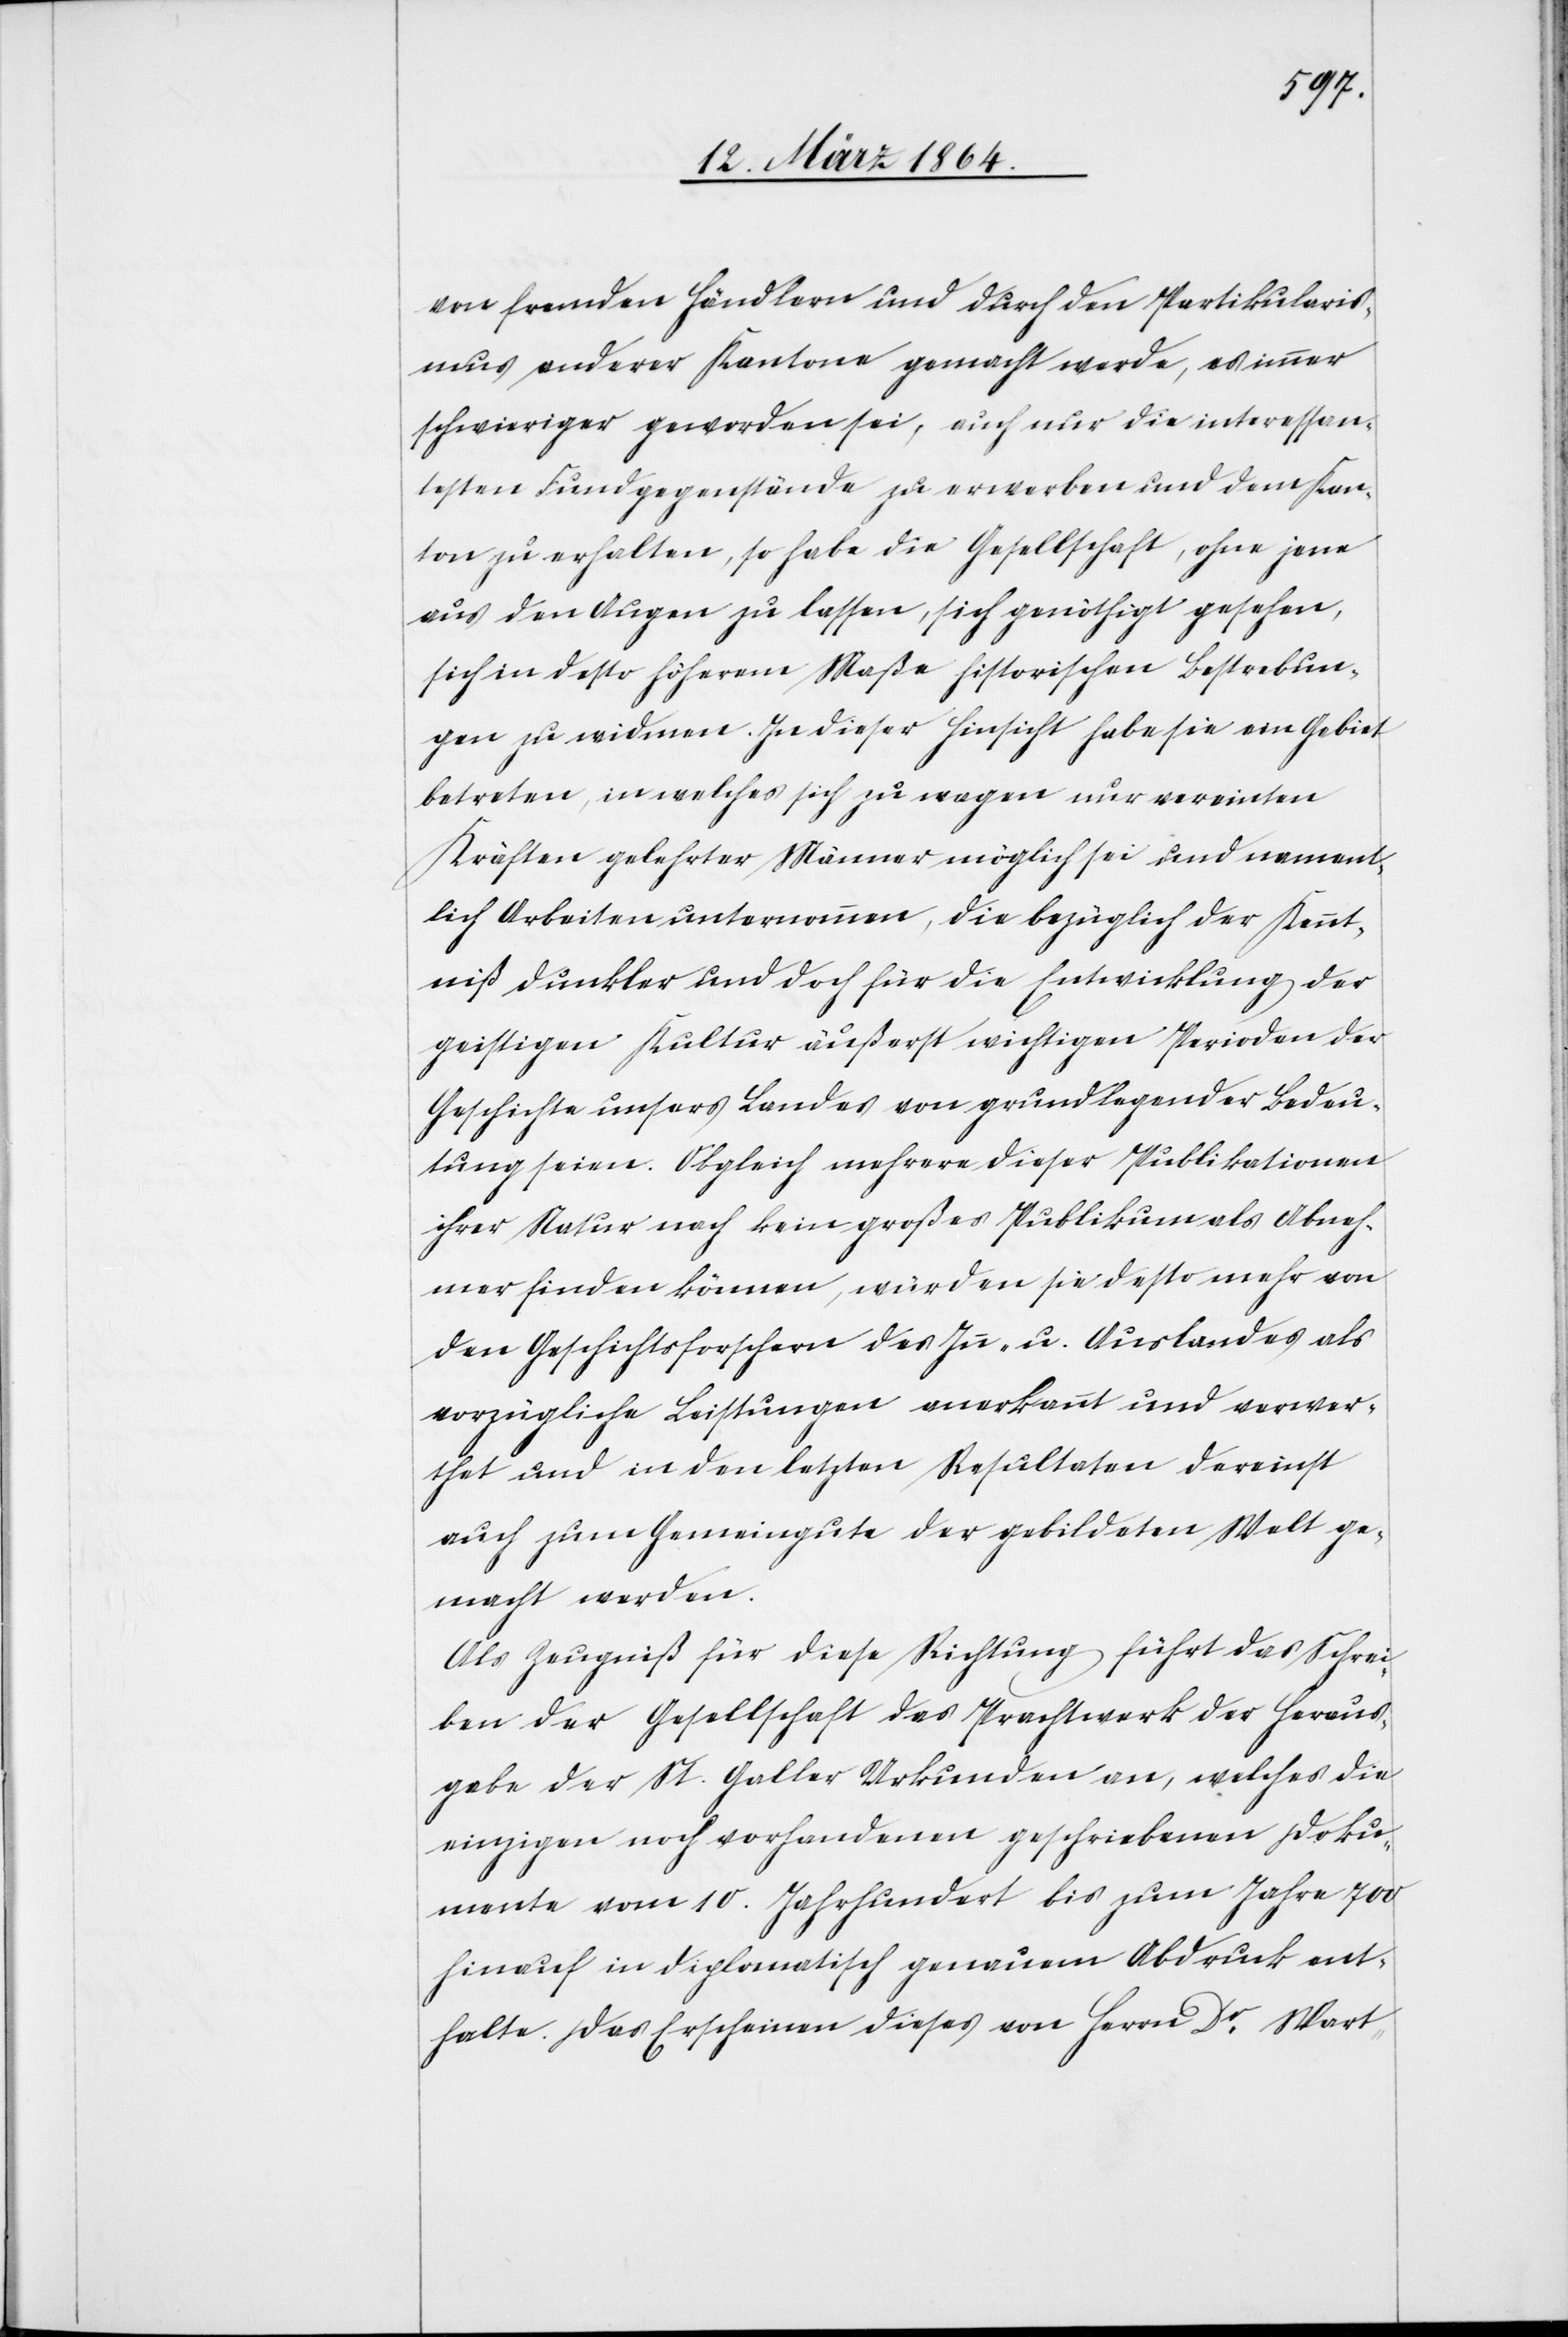
von fremden Händlern und durch den Partikularis¬
mus anderer Kantone gemacht werde, es immer
schwieriger geworden sei, auch nur die interessan¬
testen Fundgegenstände zu erwerben und dem Kan¬
ton zu erhalten, so habe die Gesellschaft, ohne jene
aus den Augen zu lassen, sich genöthigt gesehen,
sich in desto höherem Maße historischen Bestrebun¬
gen zu widmen. In dieser Hinsicht habe sie ein Gebiet
betreten, in welches sich zu wagen nur vereinten
Kräften gelehrter Männer möglich sei und nament¬
lich Arbeiten unternommen, die bezüglich der Kennt¬
niß dunkler und doch für die Entwicklung der
geistigen Kultur äußerst wichtigen Perioden der
Geschichte unsers Landes von grundlegender Bedeu¬
tung seien. Obgleich mehrere dieser Publikationen
ihrer Natur nach kein großes Publikum als Abneh¬
mer finden können, würden sie desto mehr von
den Geschichtsforschern des In- u. Auslandes als
vorzügliche Leistungen anerkannt und verwer¬
thet und in den letzten Resultaten dereinst
auch zum Gemeingute der gebildeten Welt ge¬
macht werden.
Als Zeugniß für diese Richtung führt das Schrei¬
ben der Gesellschaft das Prachtwerk der Heraus¬
gabe der St. Galler Urkunden an, welches die
einzigen noch vorhandenen geschriebenen Doku¬
mente vom 10. Jahrhundert bis zum Jahre 700
hinauf in diplomatisch genauem Abdruck ent¬
halte. Das Erscheinen dieses von Herrn Dr Wart-